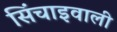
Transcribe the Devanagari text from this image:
सिंचाइवाली